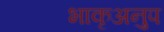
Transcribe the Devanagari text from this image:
भाकृअनुप